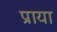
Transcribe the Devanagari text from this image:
प्राया